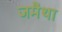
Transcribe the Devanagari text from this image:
जमैथा